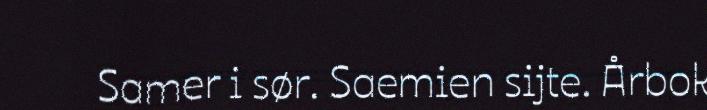
Samer i sør. Saemien sijte. Årbok